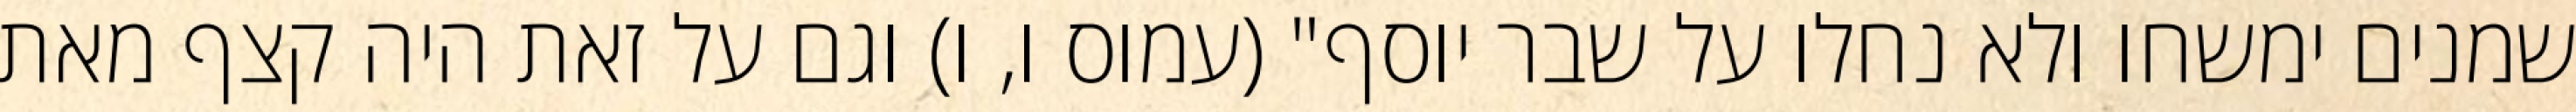
שמנים ימשחו ולא נחלו על שבר יוסף" (עמוס ו, ו) וגם על זאת היה קצף מאת